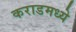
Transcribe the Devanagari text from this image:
कराडमध्ये